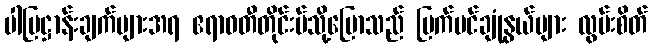
ပါပြဋ္ဌာန်းချက်များအရ ဧရာဝတီတိုင်းမ်သို့ပြောသည် မြက်ပင်ချုံနွယ်များ လွမ်းစိတ်